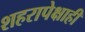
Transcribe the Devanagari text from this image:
शहरापेक्षाही